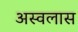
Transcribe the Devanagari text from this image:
अस्वलास